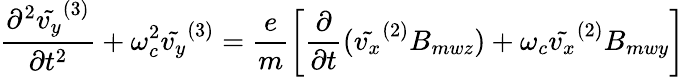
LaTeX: \frac{\partial^{2}\tilde{v_{y}}^{(3)}}{\partial t^{2}}+\omega_{c}^{2}\tilde{v_{y}}^{(3)}=\frac{e}{m}\left[\frac{\partial}{\partial t}(\tilde{v_{x}}^{(2)}B_{mwz})+\omega_{c}\tilde{v_{x}}^{(2)}B_{mwy}\right]